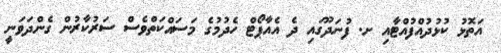
އަތޮޅު ކުޅުދުއްފުއްޓާއި ށ. ފުނަދޫގައި ދެ އެއާޕޯޓް ހެދުމުގެ މަސައްކަތްވެސް ސަރުކާރުން ގެންދަވަނީ